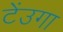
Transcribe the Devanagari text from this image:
टेंउगा